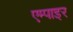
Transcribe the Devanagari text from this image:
एम्पाइर